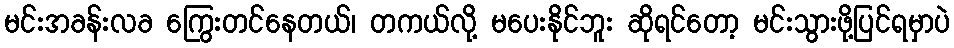
မင်းအခန်းလခ ကြွေးတင်နေတယ်၊ တကယ်လို့ မပေးနိုင်ဘူး ဆိုရင်တော့ မင်းသွားဖို့ပြင်ရမှာပဲ